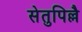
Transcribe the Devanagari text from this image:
सेतुपिल्लै